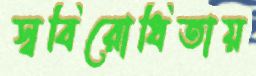
স্ববিরোধিতায়